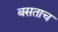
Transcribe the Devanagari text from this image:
बसताच